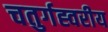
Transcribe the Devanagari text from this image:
चतुर्गह्वरीय